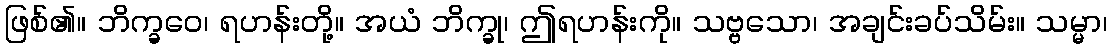
ဖြစ်၏။ ဘိက္ခဝေ၊ ရဟန်းတို့။ အယံ ဘိက္ခု၊ ဤရဟန်းကို။ သဗ္ဗသော၊ အချင်းခပ်သိမ်း။ သမ္မာ၊